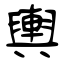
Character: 輿